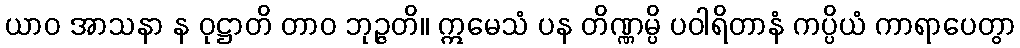
ယာဝ အာသနာ န ဝုဋ္ဌာတိ တာဝ ဘုဉ္ဇတိ။ ဣမေသံ ပန တိဏ္ဏမ္ပိ ပဝါရိတာနံ ကပ္ပိယံ ကာရာပေတွာ